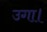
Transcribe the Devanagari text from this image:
उगा।